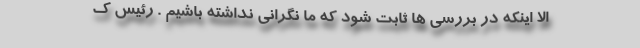
الا اینکه در بررسی ها ثابت شود که ما نگرانی نداشته باشیم . رئیس ک